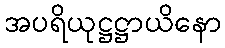
အပရိယုဋ္ဌဋ္ဌာယိနော